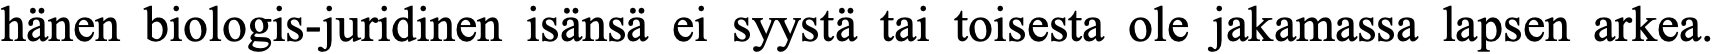
hänen biologis-juridinen isänsä ei syystä tai toisesta ole jakamassa lapsen arkea.